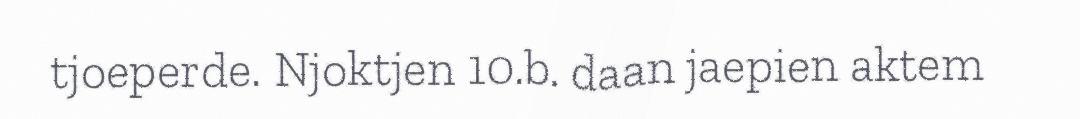
tjoeperde. Njoktjen 10.b. daan jaepien aktem